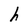
Character: h